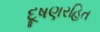
દૂષણરહિત